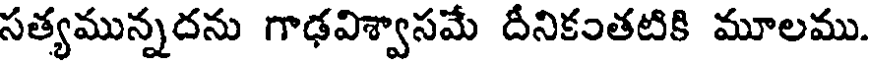
సత్యమున్నదను గాఢవిశ్వాసమే దీనికంతటికి మూలము.